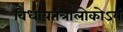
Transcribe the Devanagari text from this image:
विधायतंत्रालोकोऽयं